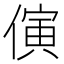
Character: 𪝤